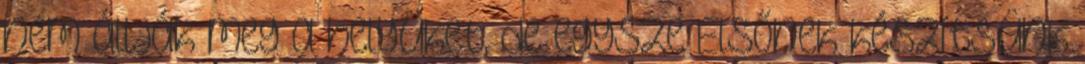
nem állják meg a helyüket, de egysze Elsőnek készítsünk